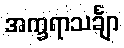
အက္ခရာသင်္ချာ